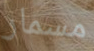
مسمار